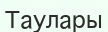
Таулары